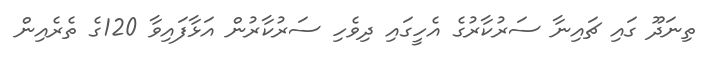
ތިނަދޫ ގައި ޗައިނާ ސަރުކާރުގެ އެހީގައި ދިވެހި ސަރުކާރުން އަޅާފައިވާ 120ގެ ތެރެއިން